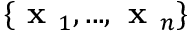
\{ \textbf { x } _ { 1 } , . . . , \textbf { x } _ { n } \}